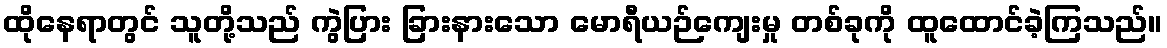
ထိုနေရာတွင် သူတို့သည် ကွဲပြား ခြားနားသော မောရီယဉ်ကျေးမှု တစ်ခုကို ထူထောင်ခဲ့ကြသည်။